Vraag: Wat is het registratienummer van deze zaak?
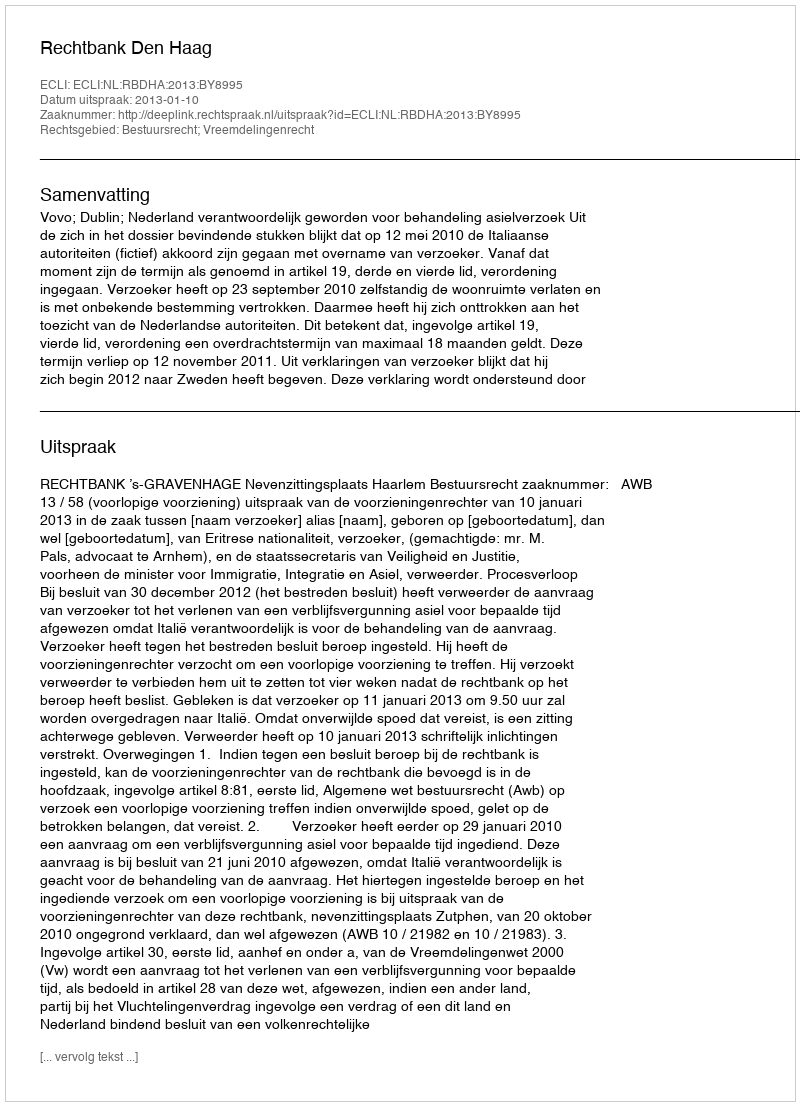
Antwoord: http://deeplink.rechtspraak.nl/uitspraak?id=ECLI:NL:RBDHA:2013:BY8995